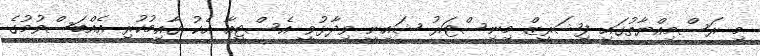
މި ރަސްމިއްޔާތުގައި ފިޝަރީޒް މިނިސްޓަރު ޝައިނީ ވިދާޅުވީ އެސްޓީއާ އެކު ގާއިމުކުރި އެއްބަސްވުމުގެ